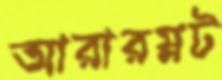
আরারম্নট